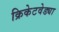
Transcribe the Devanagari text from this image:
क्रिकेटवेड्या